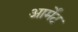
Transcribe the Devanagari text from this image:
आर्मेंट